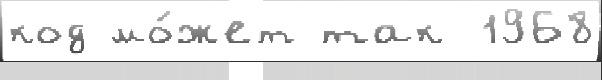
код мо́жет так 1968